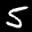
Label: 5